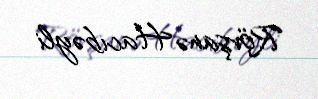
Rövşanə Hacıbəyli